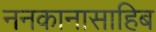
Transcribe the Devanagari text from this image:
ननकानासाहिब